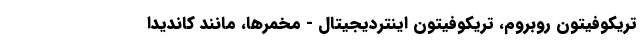
تریکوفیتون روبروم، تریکوفیتون اینتردیجیتال - مخمرها، مانند کاندیدا